Rangoon Lunatic Asylum 1898-1906 - 1898-1906
Year: 1898
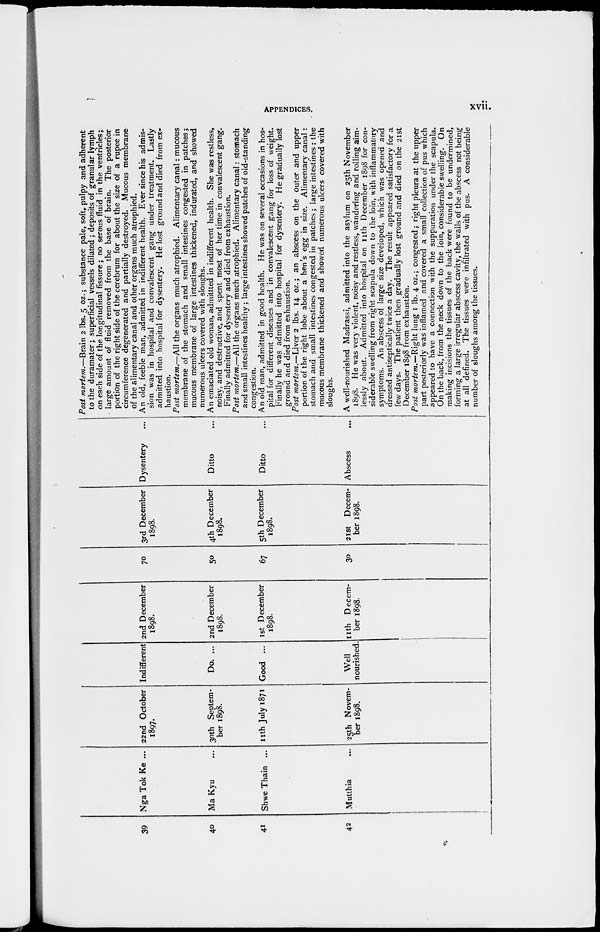
APPENDICES.
xvii.
39
40
41
42
Nga Tok Ke ...
Ma Kyu ...
Shwe Thain ...
Mutthia ...
22nd October
1897.
30th Septem-
ber 1898.
11th July 1871
25th Novem-
ber 1898.
Indifferent
Do. ...
Good ...
Well
nourished.
2nd December
1898.
2nd December
1898.
1st December
1898.
11th Decem-
ber 1898.
70
50
67
30
3rd December Dysentery
1898.
4th December
1898.
5th December
1898.
21st Decem-
ber 1898.
Ditto ...
Ditto ...
Abscess ...
Post mortem.—Brain 2 lbs. 5 oz.; substance pale, soft, pulpy and adherent
to the duramater; superficial vessels dilated ; deposits of granular lymph
on each side of the longitudinal fissure; no serous fluid in the ventricles;
large amount of fluid removed from the base of brain. The posterior
portion of the right side of the cerebrum for about the size of a rupee in
circumference degenerated and partially destroyed. Mucous membrane
of the alimentary canal and other organs much atrophied.
An old, feeble man, admitted in indifferent health. Ever since his admis-
sion was in hospital and convalescent gang under treatment. Lastly
admitted into hospital for dysentery. He lost ground and died from ex-
haustion.
Post mortem.—All the organs much atrophied. Alimentary canal: mucous
membrane of the stomach and small intestines congested in patches;
mucous membrane of large intestines thickened, indurated, and showed
numerous ulcers covered with sloughs.
An emaciated old woman, admittted in indifferent health. She was restless,
noisy, and destructive, and spent most of her time in convalescent gang.
Finally admitted for dysentery and died from exhaustion.
Post mortem.—All the organs much atrophied. Alimentary canal: stomach
and small intestines healthy; large intestines showed patches of old-standing
congestion.
An old man, admitted in good health. He was on several occasions in hos-
pital for different diseases and in convalescent gang for loss of weight.
Finally he was admitted into hospital for dysentery. He gradually lost
ground and died from exhaustion.
Post mortem.—Liver 2 lbs. 14 oz.; an abscess on the outer and upper
portion of the right lobe about a hen's egg in size. Alimentary canal :
stomach and small intestines congested in patches ; large intestines : the
mucous membrane thickened and showed numerous ulcers covered with
sloughs.
A well-nourished Madrassi, admitted into the asylum on 25th November
1898. He was very violent, noisy and restless, wandering and rolling aim-
lessly about. Admitted into hospital on 11th December 1898 for con-
siderable swelling from right scapula down to the loin, with inflammatory
symptoms. An abscess of large size developed, which was opened and
dressed antiseptically twice a day. The result appeared satisfactory for a
few days. The patient then gradually lost ground and died on the 21st
December 1898 from exhaustion.
Post mortem.—Right lung 1 lb. 4 oz.; congested; right pleura at the upper
part posteriorly was inflamed and covered a small collection of pus which
appeared to have a connection with the suppuration under the scapula.
On the back, from the neck down to the loin, considerable swelling. On
making incisions the tissues of the back were found to be undermined,
forming a large irregular abscess cavity, the walls of the abscess not being
at all defined. The tissues were infiltrated with pus. A considerable
number of sloughs among the tissues.